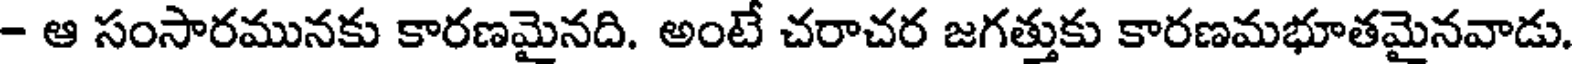
- ఆ సంసారమునకు కారణమైనది. అంటే చరాచర జగత్తుకు కారణమభూతమైనవాడు.